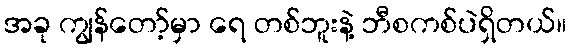
အခု ကျွန်တော့်မှာ ရေ တစ်ဘူးနဲ့ ဘီစကစ်ပဲရှိတယ်။